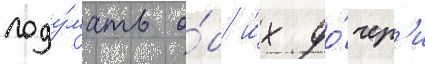
поду́мать о́б и́х до́чер'и